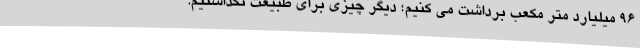
96 میلیارد متر مکعب برداشت می کنیم؛ دیگر چیزی برای طبیعت نگذاشتیم.